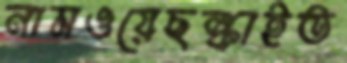
নামওয়েছল্‌কাইত